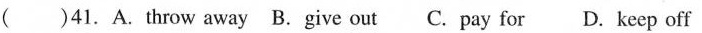
( )41. A.throw away B.give out C. pay for D. keep off